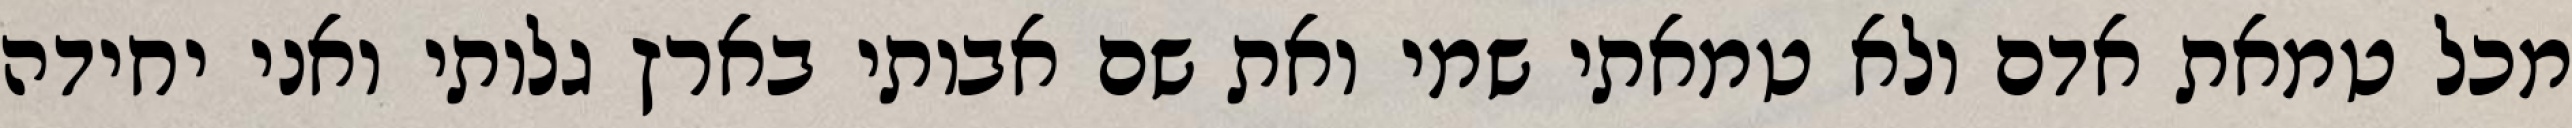
מכל טמאת אדם ולא טמאתי שמי ואת שם אבותי בארץ גלותי ואני יחידה